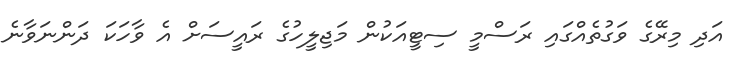
އަދި މިރޭގެ ވަގުތެއްގައި ރަސްމީ ސިޓީއަކުން މަޖިލީހުގެ ރައީސަށް އެ ވާހަކަ ދަންނަވާނެ